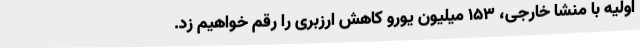
اولیه با منشا خارجی، 153 میلیون یورو کاهش ارزبری را رقم خواهیم زد.